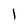
Character: 1